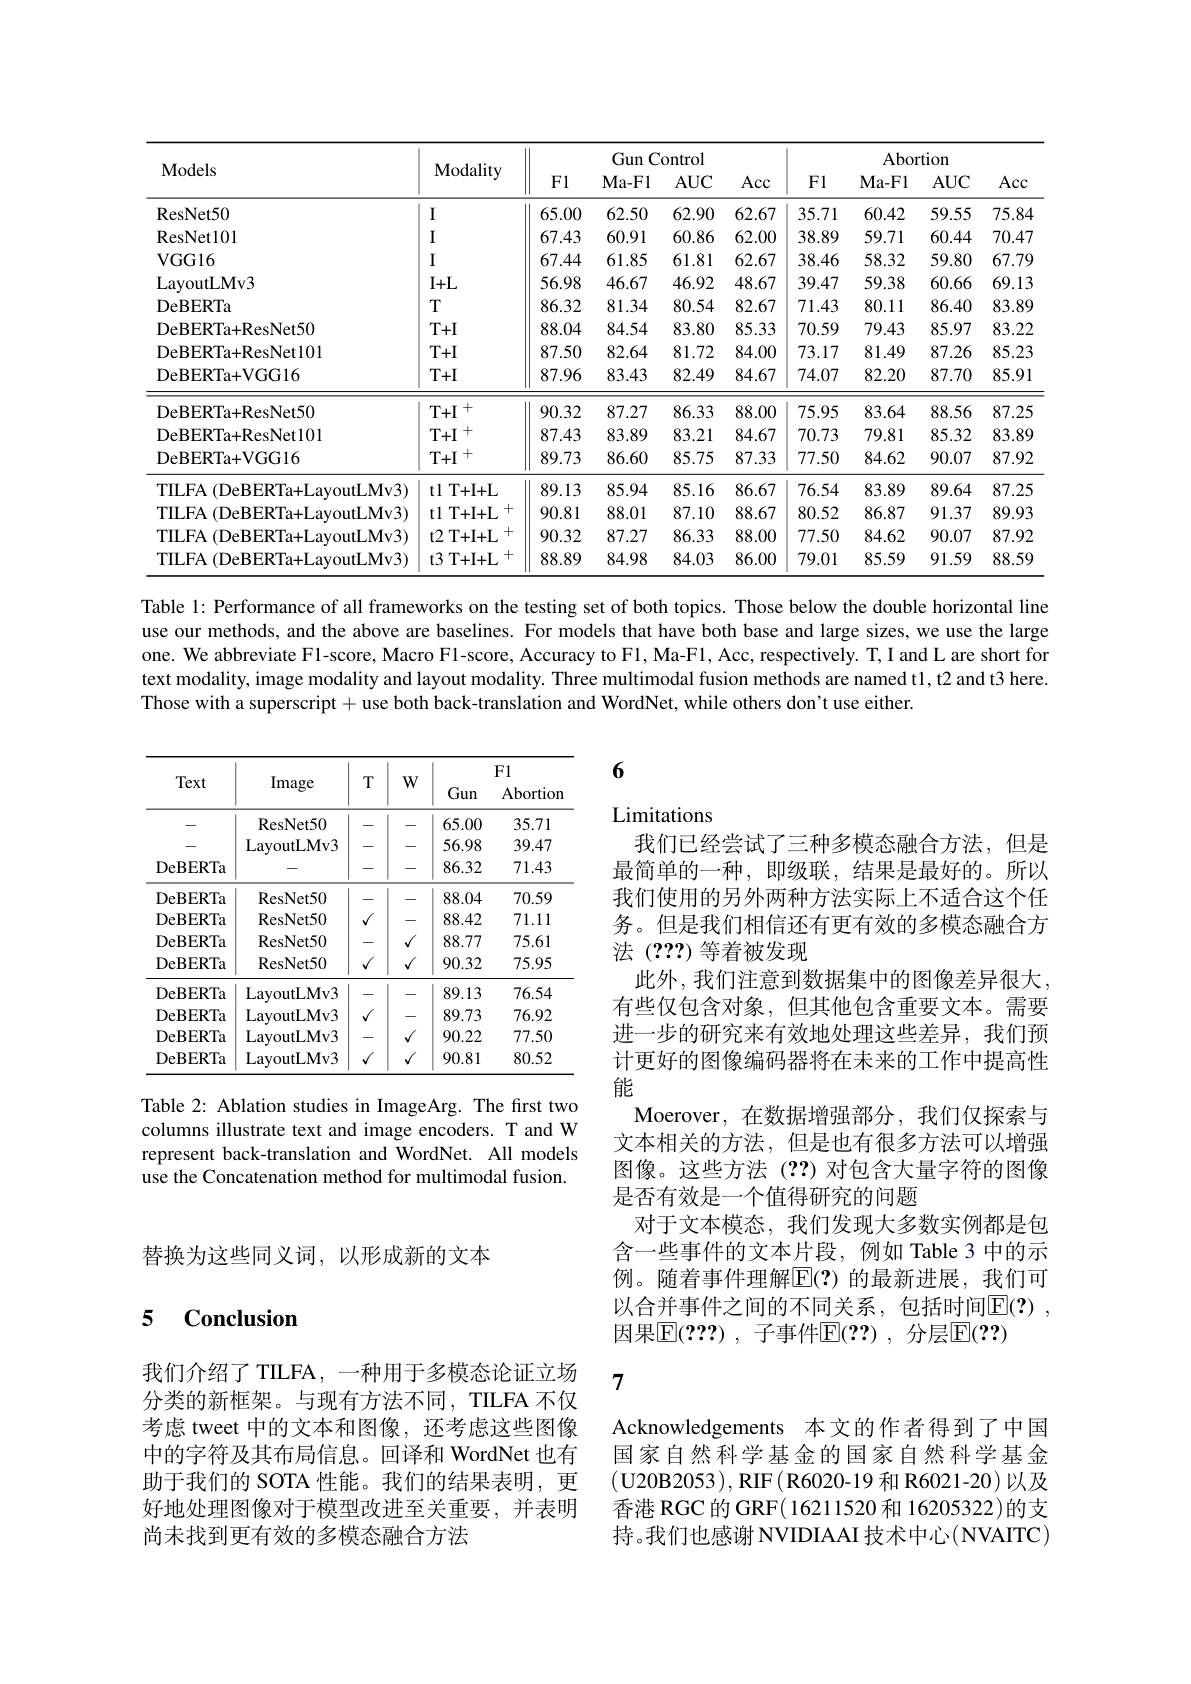
<table>
	<tbody>
		<tr>
			<th rowspan="2">Models</th>
			<th rowspan="2">Modality</th>
			<th colspan="4">Gun Control</th>
			<th colspan="4">Abortion</th>
		</tr>
		<tr>
			<th>F1</th>
			<th>Ma- Fl</th>
			<th>$AUC$</th>
			<th>Acc</th>
			<th>F1</th>
			<th>$\mathbf{Ma-Fl}$</th>
			<th>$AUC$</th>
			<th>Acc</th>
		</tr>
		<tr>
			<td>ResNet50</td>
			<td>I</td>
			<td>65.00</td>
			<td>62.50</td>
			<td>62.90</td>
			<td>62.67</td>
			<td>35.71</td>
			<td>60.42</td>
			<td>59.55</td>
			<td>75.84</td>
		</tr>
		<tr>
			<td>ResNet101</td>
			<td>I</td>
			<td>67.43</td>
			<td>60.91</td>
			<td>60.86</td>
			<td>62.00</td>
			<td>38.89</td>
			<td>59.71</td>
			<td>60.44</td>
			<td>70.47</td>
		</tr>
		<tr>
			<td>VGG16</td>
			<td>I</td>
			<td>67.44</td>
			<td>61.85</td>
			<td>61.81</td>
			<td>62.67</td>
			<td>38.46</td>
			<td>58.32</td>
			<td>59.80</td>
			<td>67.79</td>
		</tr>
		<tr>
			<td>LayoutLMv3</td>
			<td>$I+L$</td>
			<td>56.98</td>
			<td>46.67</td>
			<td>46.92</td>
			<td>48.67</td>
			<td>39.47</td>
			<td>59.38</td>
			<td>60.66</td>
			<td>69.13</td>
		</tr>
		<tr>
			<td>DeBERTa</td>
			<td>$T$</td>
			<td>86.32</td>
			<td>81.34</td>
			<td>80.54</td>
			<td>82.67</td>
			<td>71.43</td>
			<td>80.11</td>
			<td>86.40</td>
			<td>83.89</td>
		</tr>
		<tr>
			<td>DeBERTa+ResNet50</td>
			<td>$T+I$</td>
			<td>88.04</td>
			<td>84.54</td>
			<td>83.80</td>
			<td>85.33</td>
			<td>70.59</td>
			<td>79.43</td>
			<td>85.97</td>
			<td>83.22</td>
		</tr>
		<tr>
			<td>DeBERTa+ ResNet101</td>
			<td>$T+I$</td>
			<td>87.50</td>
			<td>82.64</td>
			<td>81.72</td>
			<td>84.00</td>
			<td>73.17</td>
			<td>81.49</td>
			<td>87.26</td>
			<td>85.23</td>
		</tr>
		<tr>
			<td>DeBERTa+ VGG16</td>
			<td>$T+I$</td>
			<td>87.96</td>
			<td>83.43</td>
			<td>82.49</td>
			<td>84.67</td>
			<td>74.07</td>
			<td>82.20</td>
			<td>87.70</td>
			<td>85.91</td>
		</tr>
		<tr>
			<td>DeBERTa+ResNet50</td>
			<td>$T+I$ 十</td>
			<td>90.32</td>
			<td>87.27</td>
			<td>86.33</td>
			<td>88.00</td>
			<td>75.95</td>
			<td>83.64</td>
			<td>88.56</td>
			<td>87.25</td>
		</tr>
		<tr>
			<td>DeBERTa+ResNet101</td>
			<td>$T+I$ 十</td>
			<td>87.43</td>
			<td>83.89</td>
			<td>83.21</td>
			<td>84.67</td>
			<td>70.73</td>
			<td>79.81</td>
			<td>85.32</td>
			<td>83.89</td>
		</tr>
		<tr>
			<td>DeBERTa+ VGG16</td>
			<td>$T+I$ 十</td>
			<td>89.73</td>
			<td>86.60</td>
			<td>85.75</td>
			<td>87.33</td>
			<td>77.50</td>
			<td>84.62</td>
			<td>90.07</td>
			<td>87.92</td>
		</tr>
		<tr>
			<td>TILFA (DeBERTa+LavoutLMv3)</td>
			<td>tl T+ I+ L</td>
			<td>89.13</td>
			<td>85.94</td>
			<td>85.16</td>
			<td>86.67</td>
			<td>76.54</td>
			<td>83.89</td>
			<td>89.64</td>
			<td>87.25</td>
		</tr>
		<tr>
			<td>TILFA (DeBERTa+LayoutLMv3)</td>
			<td>+ tl T+ I+ L</td>
			<td>90.81</td>
			<td>88.01</td>
			<td>87.10</td>
			<td>88.67</td>
			<td>80.52</td>
			<td>86.87</td>
			<td>91.37</td>
			<td>89.93</td>
		</tr>
		<tr>
			<td>TILFA (DeBERTa+LayoutLMv3)</td>
			<td>t2 T+ I+ L +</td>
			<td>90.32</td>
			<td>87.27</td>
			<td>86.33</td>
			<td>88.00</td>
			<td>77.50</td>
			<td>84.62</td>
			<td>90.07</td>
			<td>87.92</td>
		</tr>
		<tr>
			<td>TILFA (DeBERTa+LayoutLMv3)</td>
			<td>+ $t3^{\prime}$ T+ I+ L</td>
			<td>88.89</td>
			<td>84.98</td>
			<td>84.03</td>
			<td>86.00</td>
			<td>79.01</td>
			<td>85.59</td>
			<td>91.59</td>
			<td>88.59</td>
		</tr>
	</tbody>
</table>

Table 1: Performance of all frameworks on the testing set of both topics. Those below the double horizontal line use our methods, and the above are baselines. For models that have both base and large sizes, we use the large one. We abbreviate Fl-score, Macro Fl-score, Accuracy to F1, Ma-F1, Acc, respectively. T, I and L are short for text modality, image modality and layout modality. Three multimodal fusion methods are named t1, t2 and t3 here. Those with a superscript + use both back-translation and WordNet, while others don't use either.

6

# Limitations

务。但是我们相信还有更有效的多模态融合方
# 法(???)等着被发现

我们已经尝试了三种多模态融合方法，但是最简单的一种，即级联，结果是最好的。所以我们使用的另外两种方法实际上不适合这个任
此外，我们注意到数据集中的图像差异很大有些仅包含对象，但其他包含重要文本。需要进一步的研究来有效地处理这些差异，我们预计更好的图像编码器将在未来的工作中提高性能
Moerover,在数据增强部分，我们仅探索与文本相关的方法，但是也有很多方法可以增强图像。这些方法(??)对包含大量字符的图像是否有效是一个值得研究的问题
对于文本模态，我们发现大多数实例都是包含一些事件的文本片段，例如 Table 3 中的示例。随着事件理解$\overline{\mathbb{E}}(?)$ 的最新进展，我们可以合并事件之间的不同关系，包括时间$\mathbb{E} ( ? )$ , 因果$\mathbb{E}(???)$ ,子事件$\mathbb{E}(??)$ ,分层$\mathbb{E}(??)$

Table 2: Ablation studies in ImageArg. The first two columns illustrate text and image encoders. T and W represent back-translation and WordNet. All models use the Concatenation method for multimodal fusion.

替换为这些同义词，以形成新的文本

## 5 $\mathbf{Conclusion}$

7

我们介绍了 TILFA, 一种用于多模态论证立场分类的新框架。与现有方法不同，TILFA 不仅考虑 tweet 中的文本和图像，还考虑这些图像中的字符及其布局信息。回译和 WordNet 也有助于我们的 SOTA 性能。我们的结果表明，更好地处理图像对于模型改进至关重要，并表明尚未找到更有效的多模态融合方法

Acknowledgements 本文的作者得到了中国国家自然科学基金的国家自然科学基金(U20B2053),RIF(R6020-19 和 R6021-20)以及香港 RGC 的 GRF( 16211520 和 16205322)的支持。我们也感谢 NVIDIAAI 技术中心(NVAITC)